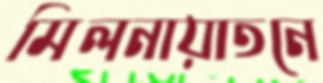
মিলনায়াতনে